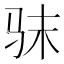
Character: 𮹅